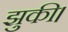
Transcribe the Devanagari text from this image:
झुकी।